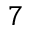
^ 7